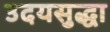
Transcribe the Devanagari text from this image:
उदयसुद्धा